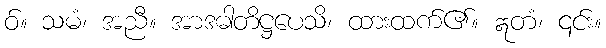
ဝ်။ သမံ၊ အညီ။ အာဒဓါတိဋ္ဌပေသိ၊ ထားထက်၏။ ဣတံ၊ ၎င်း။